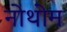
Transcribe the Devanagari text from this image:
नोथोम